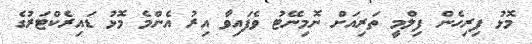
މޮޅު ފިރިހެން ފިލްމީ ތަރިއަށް ނޮމިނޭޓު ވެފައިވާ އިރު އެންމެ މޮޅު ޑައިރެކްޓަރުގެ